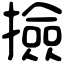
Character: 撿